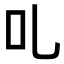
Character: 𠮜